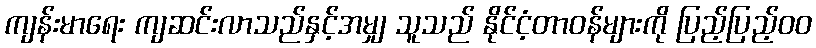
ကျန်းမာရေး ကျဆင်းလာသည်နှင့်အမျှ သူသည် နိုင်ငံ့တာဝန်များကို ပြည့်ပြည့်၀၀